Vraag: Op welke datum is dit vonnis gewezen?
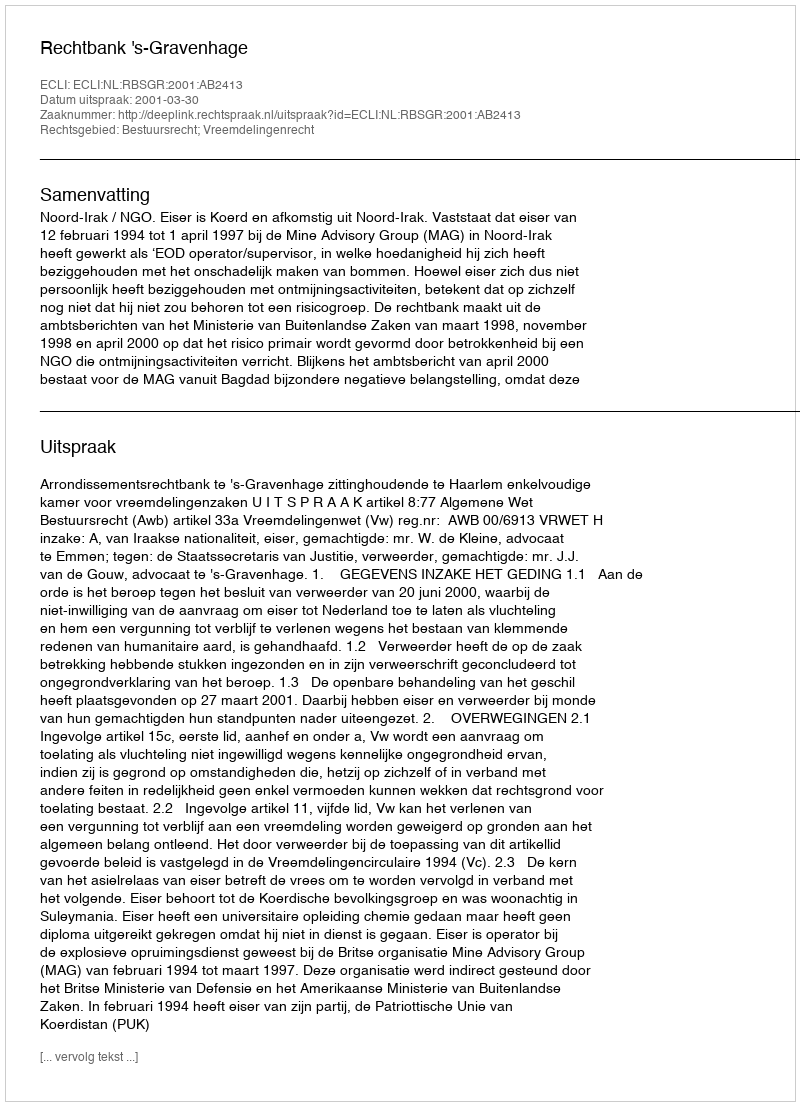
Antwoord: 2001-03-30